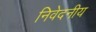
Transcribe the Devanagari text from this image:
निवेदनीय